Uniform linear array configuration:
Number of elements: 8
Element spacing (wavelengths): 0.25
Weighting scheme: hann
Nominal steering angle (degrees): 0
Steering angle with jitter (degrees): -1.352
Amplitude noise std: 0.05
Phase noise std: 0.05

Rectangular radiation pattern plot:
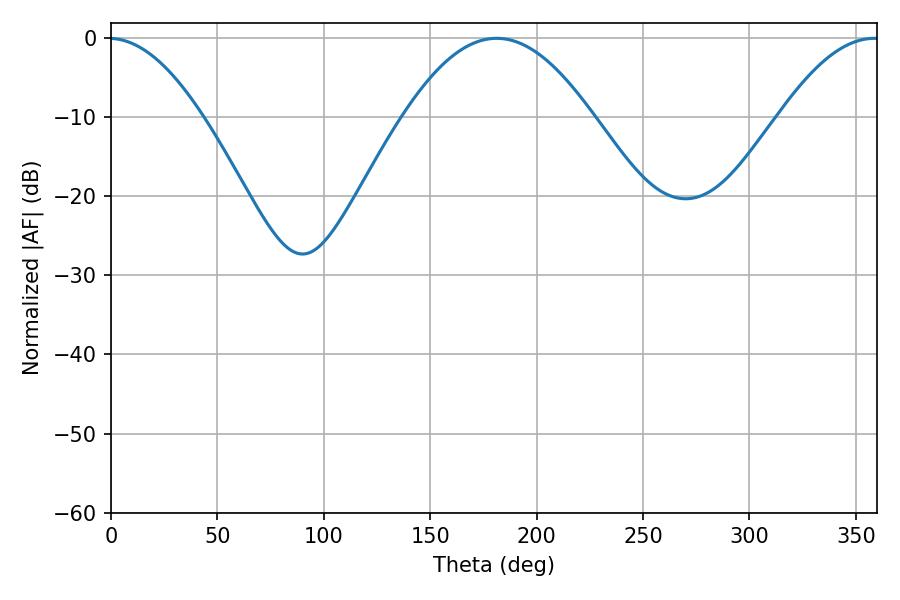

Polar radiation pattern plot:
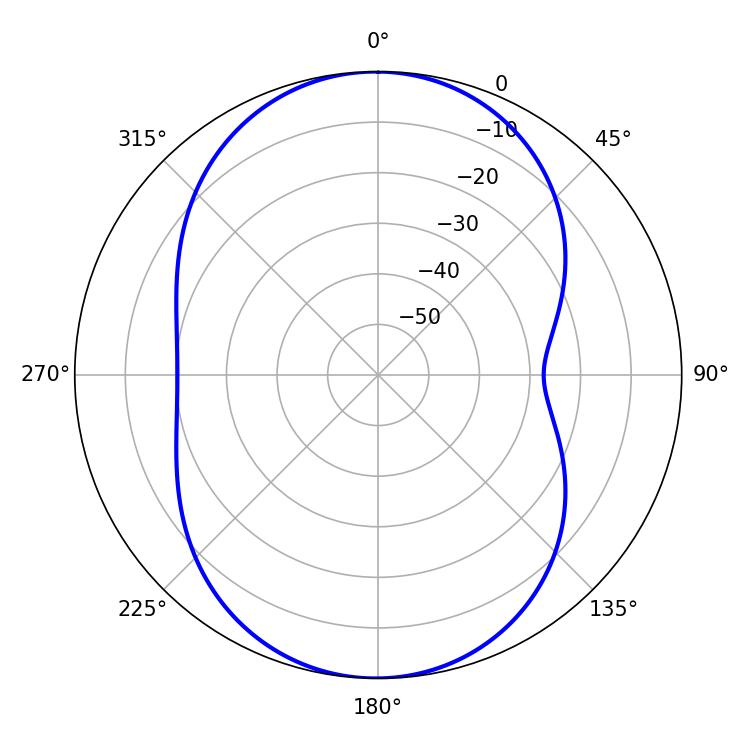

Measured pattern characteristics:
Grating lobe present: FALSE
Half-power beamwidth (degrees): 25.56
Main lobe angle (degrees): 358.74